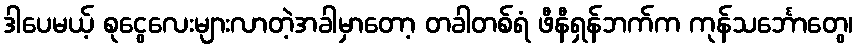
ဒါပေမယ့် စုငွေလေးများလာတဲ့အခါမှာတော့ တခါတစ်ရံ ဖီနီရှန်ဘက်က ကုန်သင်္ဘောတွေ၊